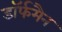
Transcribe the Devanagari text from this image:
डॉर्फमैन